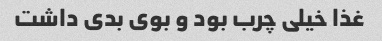
غذا خیلی چرب بود و بوی بدی داشت